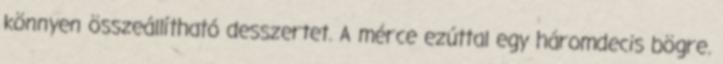
könnyen összeállítható desszertet. A mérce ezúttal egy háromdecis bögre.